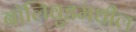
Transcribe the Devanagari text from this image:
बॉलिवुडमधील